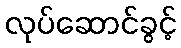
လုပ်ဆောင်ခွင့်